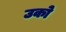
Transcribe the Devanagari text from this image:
उको